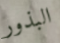
البذور